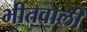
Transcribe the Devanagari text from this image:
भीतवाली